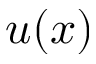
u ( x )